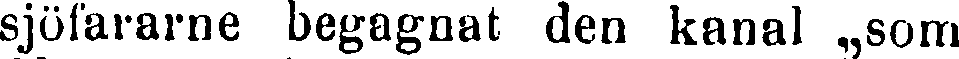
sjöfararne begagnat den kanal som